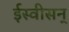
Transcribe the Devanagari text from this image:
ईस्वीसन्